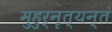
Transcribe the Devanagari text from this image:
मुहुर्नृत्यन्तं